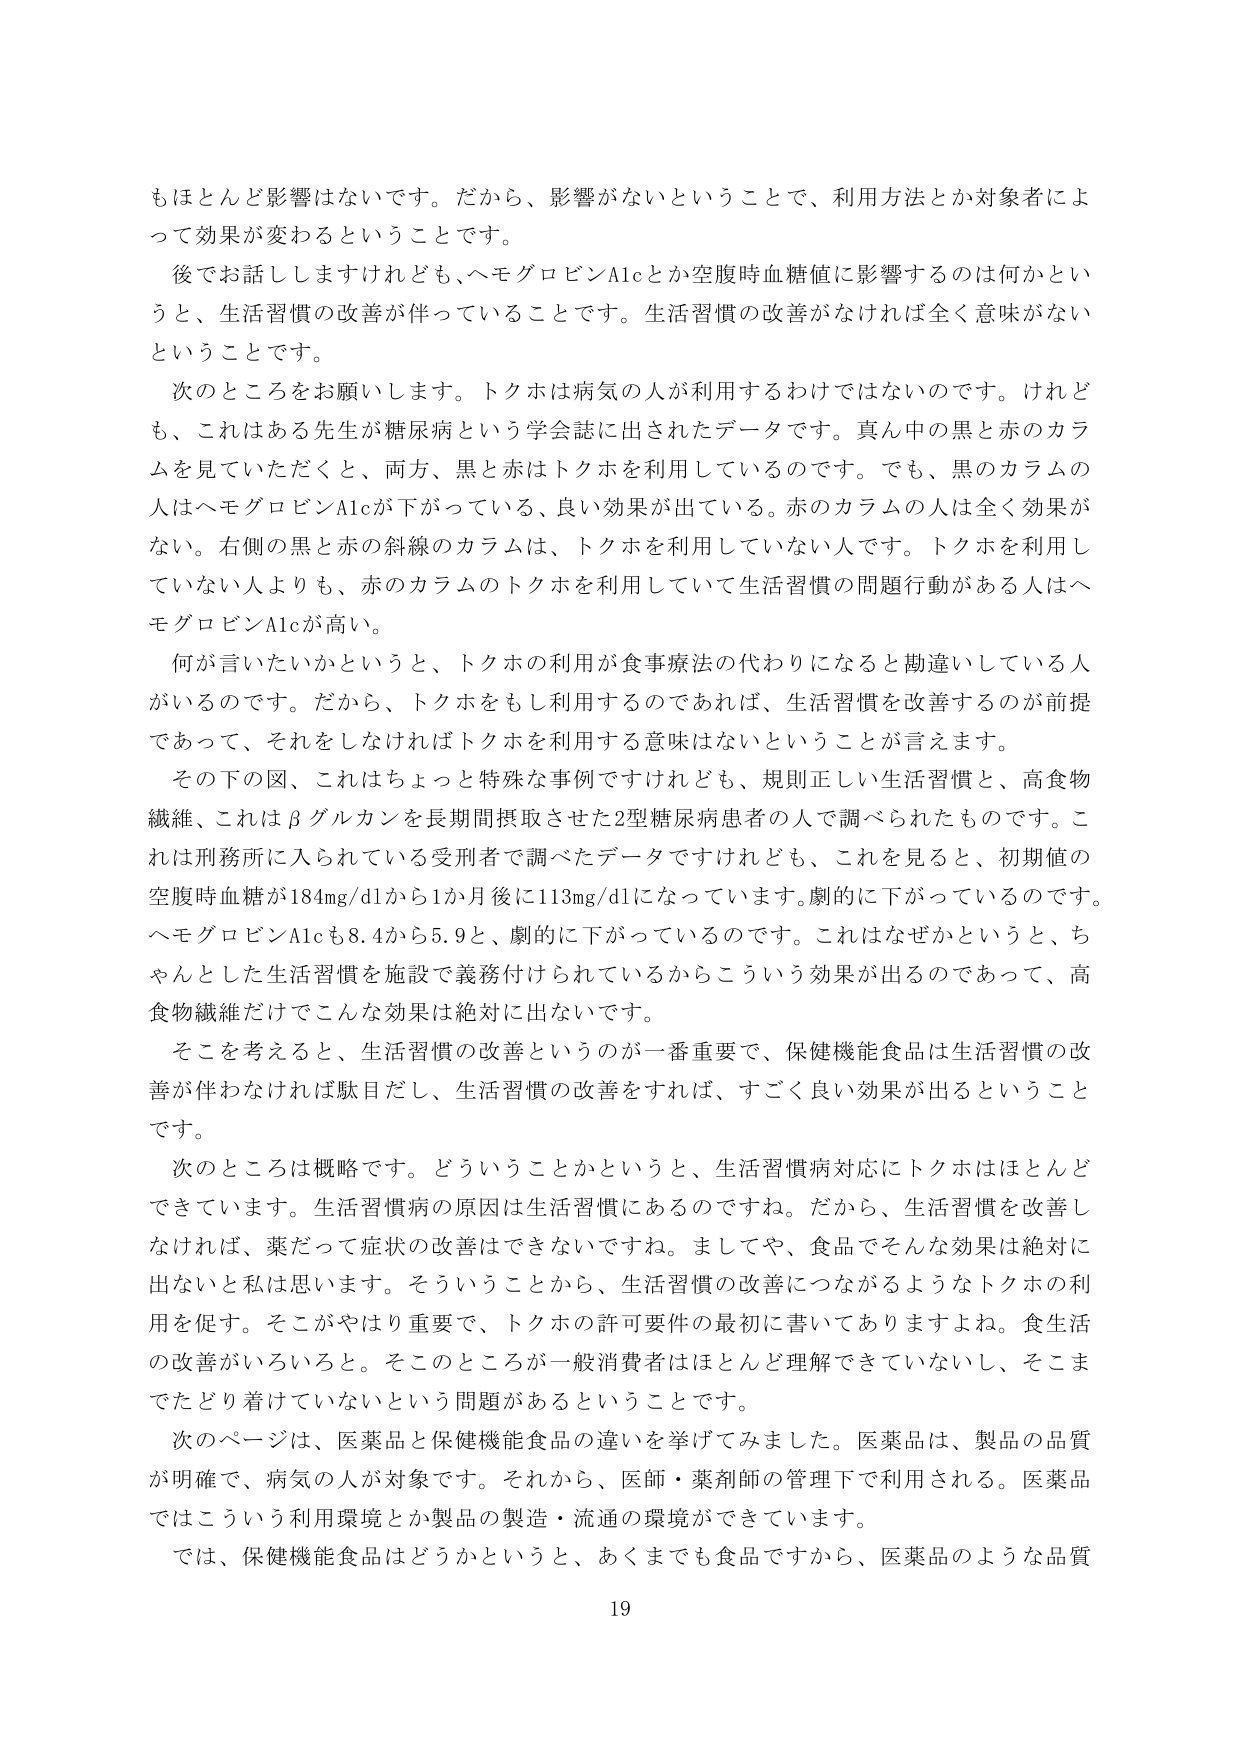
もほとんど影響はないです。だから、影響がないということで、利用方法とか対象者によって効果が変わるということです。

後でお話ししますけれども、ヘモグロビンA1cとか空腹時血糖値に影響するのは何かというと、生活習慣の改善が伴っていることです。生活習慣の改善がなければ全く意味がないということです。

次のところをお願いします。トクホは病気の人が利用するわけではないのです。けれども、これはある先生が糖尿病という学会誌に出されたデータです。真ん中の黒と赤のカラムを見ていただくと、両方、黒と赤はトクホを利用しているのです。でも、黒のカラムの人はヘモグロビンA1cが下がっている、良い効果が出ている。赤のカラムの人は全く効果がない。右側の黒と赤の斜線のカラムは、トクホを利用していない人です。トクホを利用していない人よりも、赤のカラムのトクホを利用していて生活習慣の問題行動がある人はヘモグロビンA1cが高い。

何が言いたいかというと、トクホの利用が食事療法の代わりになると勘違いしている人がいるのです。だから、トクホをもし利用するのであれば、生活習慣を改善するのが前提であって、それをしなければトクホを利用する意味はないということが言えます。

その下の図、これはちょっと特殊な事例ですけれども、規則正しい生活習慣と、高食物繊維、これはβグルカンを長期間摂取させた2型糖尿病患者の人で調べられたものです。これは刑務所に入られている受刑者で調べたデータですけれども、これを見ると、初期値の空腹時血糖が184mg/dlから1か月後に113mg/dlになっています。劇的に下がっているのです。ヘモグロビンA1cも8.4から5.9と、劇的に下がっているのです。これはなぜかというと、ちゃんととした生活習慣を施設で義務付けられているからこういう効果が出るのであって、高食物繊維だけですこんな効果は絶対に出ないです。

そこを考えると、生活習慣の改善というのが一番重要で、保健機能食品は生活習慣の改善が伴わなければ駄目だし、生活習慣の改善をすれば、すごく良い効果が出るということです。

次のところは概略です。どういうことかというと、生活習慣病対応にトクホはほとんどできています。生活習慣病の原因は生活習慣にあるのですね。だから、生活習慣を改善しなければ、薬だって症状の改善はできないですね。ましてや、食品でそんな効果は絶対に出ないと思います。そういうことから、生活習慣の改善につながるようなトクホの利用を促す。そこがやはり重要で、トクホの許可要件の最初に書いてありますよね。食生活の改善がいろいろと。そこのところが一般消費者はほとんど理解できていないし、そこまでたどり着けていないという問題があるということです。

次のページは、医薬品と保健機能食品の違いを挙げてみました。医薬品は、製品の品質が明確で、病気の人が対象です。それから、医師・薬剤師の管理下で利用される。医薬品ではこういう利用環境とか製品の製造・流通の環境ができています。

では、保健機能食品はどうかというと、あくまでも食品ですから、医薬品のような品質

19